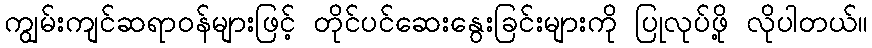
ကျွမ်းကျင်ဆရာဝန်များဖြင့် တိုင်ပင်ဆေးနွေးခြင်းများကို ပြုလုပ်ဖို့ လိုပါတယ်။